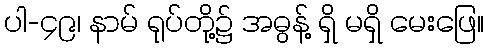
ပါ-၄၉၊ နာမ် ရုပ်တို့၌ အဓွန့် ရှိ မရှိ မေးဖြေ။